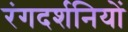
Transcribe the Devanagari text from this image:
रंगदर्शनियों